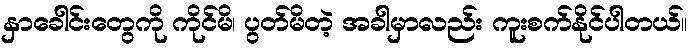
နှာခေါင်းတွေကို ကိုင်မိ၊ ပွတ်မိတဲ့ အခါမှာလည်း ကူးစက်နိုင်ပါတယ်။